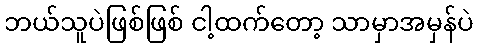
ဘယ်သူပဲဖြစ်ဖြစ် ငါ့ထက်တော့ သာမှာအမှန်ပဲ